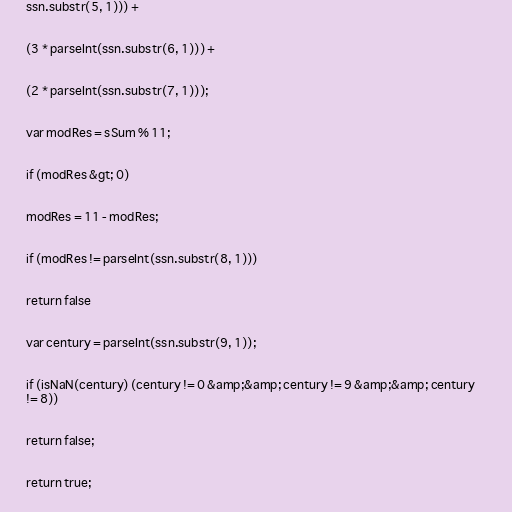
ssn.substr(5, 1))) +

(3 * parseInt(ssn.substr(6, 1))) +

(2 * parseInt(ssn.substr(7, 1)));

var modRes = sSum % 11;

if (modRes &gt; 0)

modRes = 11 - modRes;

if (modRes != parseInt(ssn.substr(8, 1)))

return false

var century = parseInt(ssn.substr(9, 1));

if (isNaN(century) (century != 0 &amp;&amp; century != 9 &amp;&amp; century
!= 8))

return false;

return true;